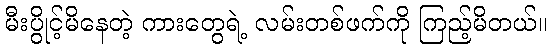
မီးပွိုင့်မိနေတဲ့ ကားတွေရဲ့ လမ်းတစ်ဖက်ကို ကြည့်မိတယ်။